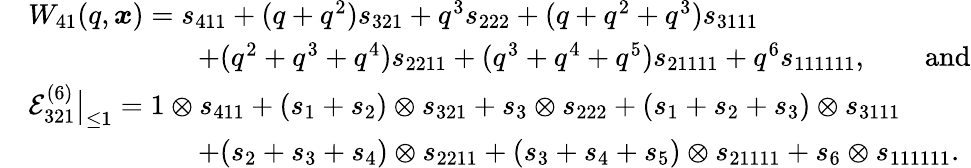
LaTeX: \begin{array}{rl}&{W_{41}(q,\boldsymbol{x})=s_{411}+(q+q^{2})s_{321}+q^{3}s_{222}+(q+q^{2}+q^{3})s_{3111}}\\ &{\qquad\qquad\qquad+(q^{2}+q^{3}+q^{4})s_{2211}+(q^{3}+q^{4}+q^{5})s_{21111}+q^{6}s_{111111},\qquad\mathrm{and}}\\ &{\mathcal{E}_{321}^{(6)}\big|_{\leq 1}=1\otimes s_{411}+(s_{1}+s_{2})\otimes s_{321}+s_{3}\otimes s_{222}+(s_{1}+s_{2}+s_{3})\otimes s_{3111}}\\ &{\qquad\qquad\qquad+(s_{2}+s_{3}+s_{4})\otimes s_{2211}+(s_{3}+s_{4}+s_{5})\otimes s_{21111}+s_{6}\otimes s_{111111}.}\end{array}